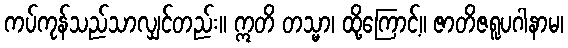
ကပ်ကုန်သည်သာလျှင်တည်း။ ဣတိ တသ္မာ၊ ထို့ကြောင့်။ ဇာတိဇရူပဂါနာမ၊